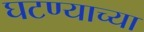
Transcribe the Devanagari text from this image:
घटण्याच्या